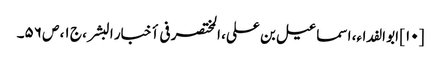
[۱۰] ابو الفداء، اسماعیل بن علی، المختصر فی أخبار البشر، ج ۱، ص ۵۶۔